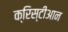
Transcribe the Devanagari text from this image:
क्रिस्टीआन